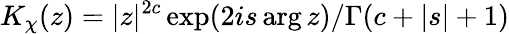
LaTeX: K_{\chi}(z)=|z|^{2c}\exp(2is\arg z)/\Gamma(c+|s|+1)